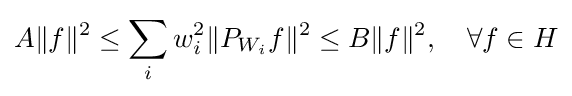
A\|f\|^{2}\leq \sum _{i}w_{i}^{2}\|P_{W_{i}}f\|^{2}\leq B\|f\|^{2},\quad \forall f\in H